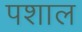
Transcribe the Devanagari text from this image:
पशाल